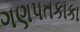
ગણપતકાકા